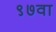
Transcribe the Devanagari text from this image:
९७वा